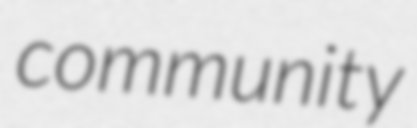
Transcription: community